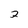
Character: 2